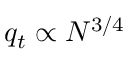
q _ { t } \propto N ^ { 3 / 4 }